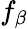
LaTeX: f_{\beta}